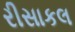
રીસાકલ